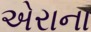
એરાના